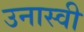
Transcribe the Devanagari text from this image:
उनास्वी